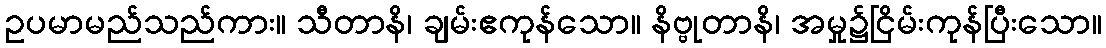
ဥပမာမည်သည်ကား။ သီတာနိ၊ ချမ်းဧကုန်သော။ နိဗ္ဗုတာနိ၊ အမှု၌ငြိမ်းကုန်ပြီးသော။